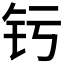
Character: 𬬨